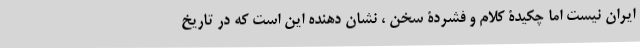
ایران نیست اما چکیدۀ کلام و فشردۀ سخن ، نشان دهنده این است که در تاریخ